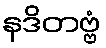
နဒိတဗ္ဗံ